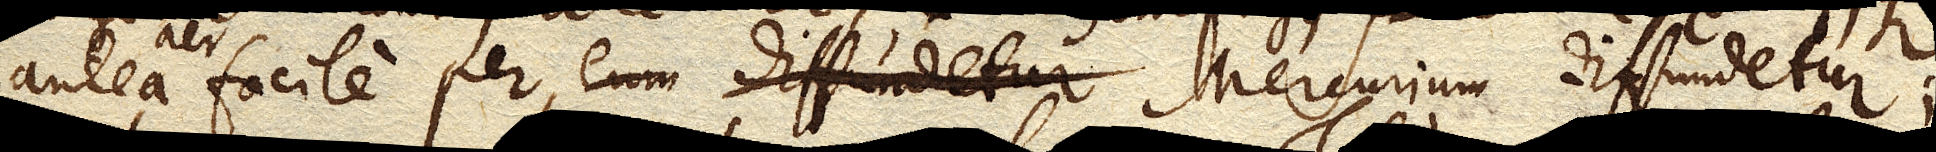
antea facile per eum diffundetur aer facile per Mercurium diffundetur